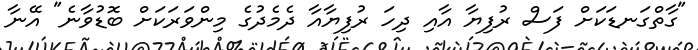
"ގާތްގަނޑަކަށް ފަސް ރުފިޔާ އާއި ދިހަ ރުފިޔާއާ ދެމެދުގެ މިންވަރަކަށް ބޮޑުވާނެ" އޭނާ